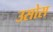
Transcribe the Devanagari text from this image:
उसोस